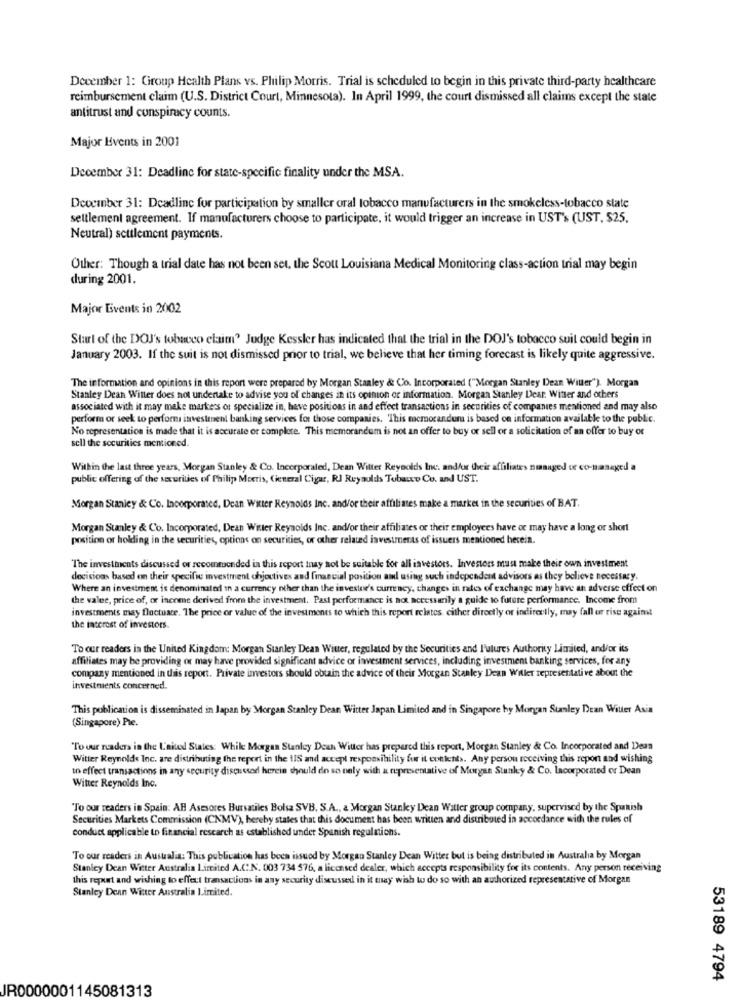
December 1: Group Health Plans vs. Philip Morris. Trial is scheduled to begin in this private third-party healthcare
reimbursement claim (U.S. District Court, Minnesota). In April 1999, the court dismissed all claims except the state
antitrust and conspiracy counts.
Major Events in 2001
December 31: Deadline for state-specific finality under the MSA.
Deocmber 31: Deadline for participation by smaller oral tobacco manufacturers in the smokeless-tobacco state
settlement agreement. If manufacturers choose to participate, it would trigger an increase in UST's (UST, $25,
Neutral) seulement payments.
Other: Though a trial date has not been set, the Scott Louisiana Medical Monitoring class-action trial may begin
during 2001.
Major Events in 2002
Start of the DOJ's tobacco claim" Judge Kessler has indicated that the trial in the DOJ's tobacco suit could begin in
January 2003. If the suit is not dismissed prior to trial, we believe that her timing forecast is likely quite aggressive.
The information and opinions in this report were prepared by Morgan Stanley & Co. Incorporated ("Morgan Stanley Dean Willer"). Morgan
Stanley Dean Witter does not undertake to advise you of changes in its opinion or information. Morgan Stanley Dear. Witter and others
associated with it may make markers ot specialize in, beve positions in and effect transactions in securities of companies mentioned and may also
perform or seek to performi investment banking services for those companies. This memorandum is based on information available to the public.
No representation is made that it is accurate or complete. This memorandum is not an offer to buy or sell or a solicitation of an offer to buy or
sell the securities mentioned.
Within the last three years, Morgan Stanley & Co. Incorporated, Dean Wilter Reynolds Inc. and/or their affiliates nmanaged or co-managed a
public offering of the securities of Philip Morris, General Cigar, RI Reyaults Tubanco Co. UN UST.
Morgan Stanley & Co. Incorporated, Dean Witter Reynolds Inc. and/or their affiliates make a market in the securities of BAT.
Morgan Stanley & Co. Incorporated, Dean Witter Reynolds Inc. and/or their affiliates or their employees have or may have a long or short
position or holding in the securities, options on securities, or other related investments of issuers mentioned herein.
The investments discussed or recommended in this report may not be suitable for all investors. Investors must make their own investment
decisions based on their specific investment chjoctives and financial position and using such independent advisors as they believe necessary.
Where an investment is denominated in a currency other than the investor's currency, changes in rates of exchange may have an adverse effect on
the valee, price of, or income derived from the investment. Past performance is not necessarily a guide to future performance. Income from
investments may fluctuate. The price of value of the investments to which this report relates. cither directly or indirectly, may fall or rise against
the interest of investors.
To our readers in the United Kingdom: Morgan Stanley Dean Winter, regulated by the Securities and l'ulures Authority Limited, and/or its
affiliates may be providing or may have provided significant advice or investment services, including investment banking services, for any
company mentioned in this report. Private investors should obtain the advice of their Morgan Stanley Dean Willer representative about the
investments concerned.
This publication is disseminated in Japan by Morgan Stanley Dean Witter Japan Limited and in Singapore hy Morgan Stanley Dean Witter Asia
(Singapore) Pie.
"To our readers in the L'aited States: While Morgan Stanley Dean Witter has prepared this report, Morgan Stanley & Co. Incorporated and Dean
Witter Reynolds Inc. are distributing the report in the WIS and accept responsibility fur it contents. Any person receiving this report and wishing
to effect transactions in any security discussad herein should do so naly with a representative of Morgan Stanley & Co. Incorporated or Dean
Witter Reynolds Inc.
To our readers in Spain: AH Asesores Bursatiles Bolsa SVB, S.A ., & Morgan Stanley Dean Watter group company, supervised by the Spanish
Securities Markets Commission (CNMV), hereby states that this document has been written and distributed in accordance with the rules of
conduct applicable to financial research as established under Spanish regulations.
To our readers in Australia: This publication has been issued by Morgan Stanley Dean Witter but is being distributed in Austraha by Morgan
Stanley Dean Witter Australia Limited A.C.N. 003 734 576, a licensed dealer, which accepts responsibility for its contents. Any person receiving
this report and wishing to effect transactions in any security discussed in it may wish to do so with an authorized representative of Morgan
Stanley Dean Winter Australia Limited.
53189 4794
JR0000001145081313